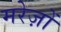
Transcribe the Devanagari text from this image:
मरेज़ों